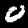
Digit: 0